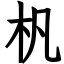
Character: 杋